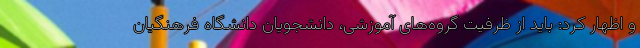
و اظهار کرد: باید از ظرفیت گروه‌های آموزشی، دانشجویان دانشگاه فرهنگیان